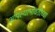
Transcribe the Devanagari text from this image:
आपल्याभोवतीच्या